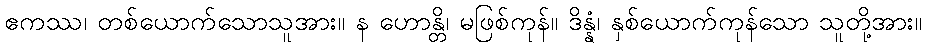
ဧကဿ၊ တစ်ယောက်သောသူအား။ န ဟောန္တိ၊ မဖြစ်ကုန်။ ဒိန္နံ၊ နှစ်ယောက်ကုန်သော သူတို့အား။